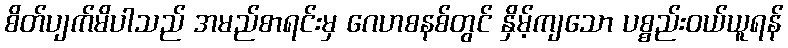
စိတ်ပျက်မိပါသည် အမည်စာရင်းမှ ဂေဟစနစ်တွင် နှိမ့်ကျသော ပစ္စည်းဝယ်ယူရန်